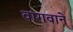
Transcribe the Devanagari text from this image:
वागवाने